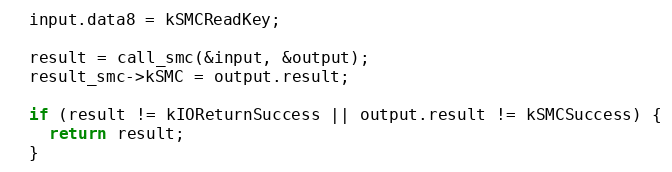
Language: C
  input.data8 = kSMCReadKey;

  result = call_smc(&input, &output);
  result_smc->kSMC = output.result;

  if (result != kIOReturnSuccess || output.result != kSMCSuccess) {
    return result;
  }